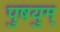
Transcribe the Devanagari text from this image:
पुष़युम्